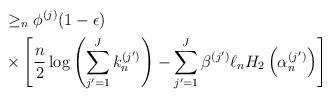
LaTeX: \begin{align*} &\geq_n \phi^{(j)} (1-\epsilon) \\ &\times \left[ \frac{n}{2} \log \left( \sum_{j'=1}^J k_n^{(j')} \right) - \sum_{j'=1}^J \beta^{(j')} \ell_n H_2 \left( \alpha_n^{(j')} \right) \right] \end{align*}